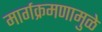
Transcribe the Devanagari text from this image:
मार्गक्रमणामुळे